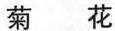
菊花